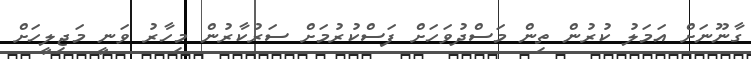
ގާނޫނަށް އަމަލު ކުރުން ތިން މަސްދުވަހަށް ފަސްކުރުމަށް ސަރުކާރުން މިހާރު ވަނީ މަޖިލީހަށް